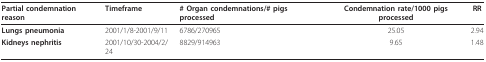
<table><thead><tr><td><b>Partial condemnation reason</b></td><td><b>Timeframe</b></td><td><b># Organ condemnations/# pigs processed</b></td><td><b>Condemnation rate/1000 pigs processed</b></td><td><b>RR</b></td></tr></thead><tbody><tr><td><b>Lungs pneumonia</b></td><td>2001/1/8-2001/9/11</td><td>6786/270965</td><td>25.05</td><td>2.94</td></tr><tr><td><b>Kidneys nephritis</b></td><td>2001/10/30-2004/2/24</td><td>8829/914963</td><td>9.65</td><td>1.48</td></tr></tbody></table>